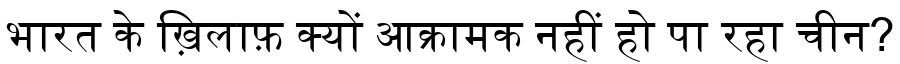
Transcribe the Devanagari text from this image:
भारत के ख़िलाफ़ क्यों आक्रामक नहीं हो पा रहा चीन?